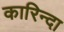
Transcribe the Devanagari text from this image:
कारिन्दा